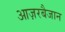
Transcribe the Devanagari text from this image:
आज़रबैजान